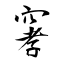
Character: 窙